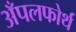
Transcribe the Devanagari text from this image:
अँपलफोर्थ